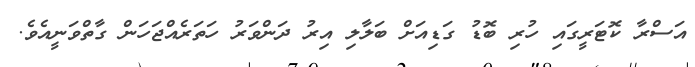
އަސްރާ ކޮޓަރީގައި ހުރި ބޮޑު ގަޑިއަށް ބަލާލި އިރު ދަންވަރު ހަތަރެއްޖަހަން ގާތްވަނީއެވެ.